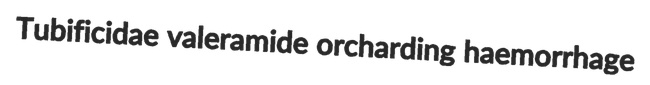
Tubificidae valeramide orcharding haemorrhage